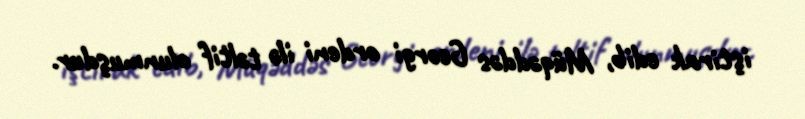
iştirak edib, Müqəddəs Georgi ordeni ilə təltif olunmuşdur.